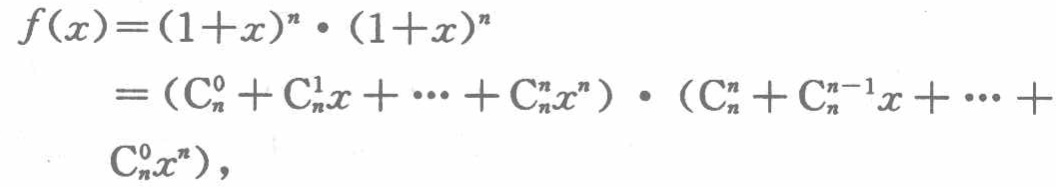
\[

\begin{align*}

f(x)&=(1 + x)^n\cdot(1 + x)^n\\

&=(C_{n}^{0}+C_{n}^{1}x+\cdots + C_{n}^{n}x^n)\cdot(C_{n}^{n}+C_{n}^{n - 1}x+\cdots + C_{n}^{0}x^n),

\end{align*}

\]